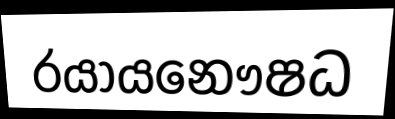
රයායනෞෂධ